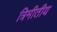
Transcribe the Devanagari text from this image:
त्रिमीतीय